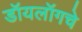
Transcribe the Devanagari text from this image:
डॉयलॉगचे